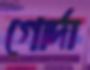
গোর্দা